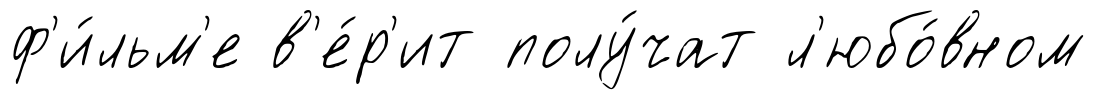
ф'и́льм'е в'е́р'ит полу́чат л'юбо́вном